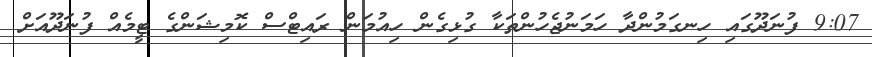
9:07 ފުނަދޫގައި ހިނގަމުންދާ ހަމަނުޖެހުންތަކާ ގުޅިގެން ހިއުމަން ރައިޓްސް ކޮމިޝަންގެ ޓީމެއް ފުނަދޫއަށް